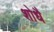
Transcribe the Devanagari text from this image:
शोधै